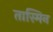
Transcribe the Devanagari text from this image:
तास्मिन